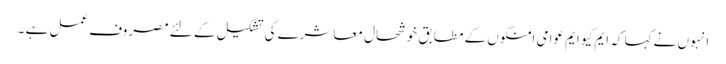
انہوں نے کہا کہ ایم کیو ایم عوامی امنگوں کے مطابق خوشحال معاشرے کی تشکیل کے لئے مصروف عمل ہے ۔